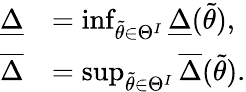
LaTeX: \begin{array}{rl}{\underline{{\Delta}}}&{=\operatorname*{inf}_{\widetilde{\theta}\in\Theta^{I}}\underline{{\Delta}}(\widetilde{\theta}),}\\ {\overline{{\Delta}}}&{=\operatorname*{sup}_{\widetilde{\theta}\in\Theta^{I}}\overline{{\Delta}}(\widetilde{\theta}).}\end{array}